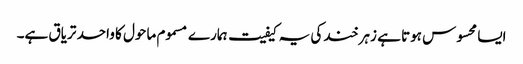
ایسا محسوس ہوتا ہے زہر خند کی یہ کیفیت ہمارے مسموم ماحول کا واحد تریاق ہے۔